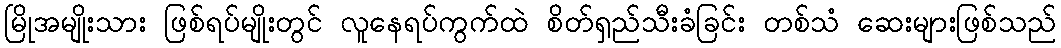
မြိုအမျိုးသား ဖြစ်ရပ်မျိုးတွင် လူနေရပ်ကွက်ထဲ စိတ်ရှည်သီးခံခြင်း တစ်သံ ဆေးများဖြစ်သည်